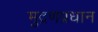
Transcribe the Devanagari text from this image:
मुद्रणप्रधान